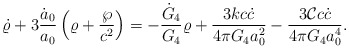
\begin{align*}\dot{\varrho}+3{\dot{a}_0\over a_0}\left(\varrho+{\wp\over c^2}\right)=-{\dot{G}_4\over G_4}\varrho+{{3kc\dot{c}}\over{4\pi G_4a^2_0}}-{{3{\cal C}c\dot{c}}\over{4\pi G_4a^4_0}}.\end{align*}